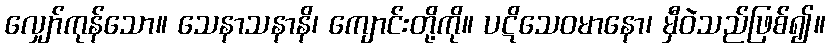
လျှော်ကုန်သော။ သေနာသနာနိ၊ ကျောင်းတို့ကို။ ပဋိသေဝမာနော၊ မှီဝဲသည်ဖြစ်၍။